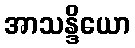
အာသန္ဒိယော